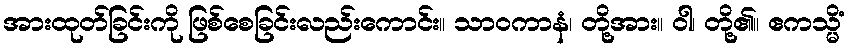
အားထုတ်ခြင်းကို ဖြစ်စေခြင်းလည်းကောင်း။ သာဝကာနံ၊ တို့အား။ ဝါ၊ တို့၏။ ဧကသ္မိံ